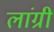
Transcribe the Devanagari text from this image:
लांग्री